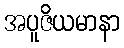
အပူဇိယမာနာ